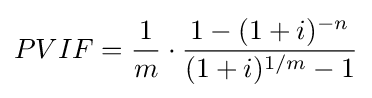
PVIF={\frac {1}{m}}\cdot {\frac {1-(1+i)^{-n}}{(1+i)^{1/m}-1}}